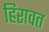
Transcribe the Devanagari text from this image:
हिरावत